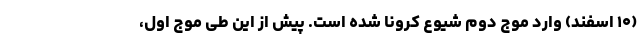
(۱۰ اسفند) وارد موج دوم شیوع کرونا شده است. پیش از این طی موج اول،